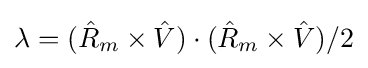
\lambda =({\hat {R}}_{m}\times {\hat {V}})\cdot ({\hat {R}}_{m}\times {\hat {V}})/2